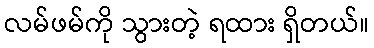
လမ်ဖမ်ကို သွားတဲ့ ရထား ရှိတယ်။